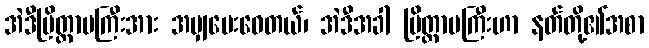
အဲဒီပြိတ္တာမကြီးအား အမျှပေးဝေတယ်၊ အဲဒီအခါ ပြိတ္တာမကြီးဟာ နတ်တို့၏အစာ